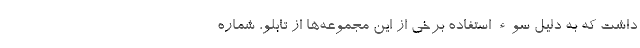
داشت که به دلیل سوء استفاده برخی از این مجموعه‌ها از تابلو، شماره